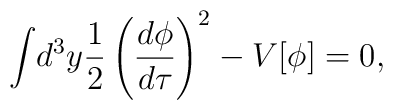
\int\!d^3y\frac{1}{2}\left(\frac{d\phi}{d\tau}\right)^2-V[\phi]=0,